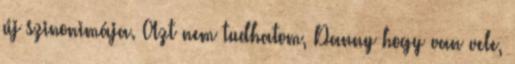
új szinonimája. Azt nem tudhatom, Danny hogy van vele,